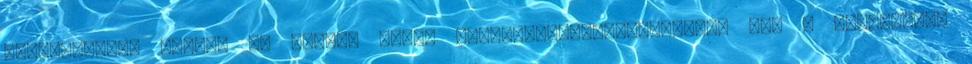
Országgyűlés elnöke és Semjén Zsolt miniszterelnök-helyettes is. A legnagyobb